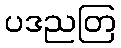
ပဒညတြ